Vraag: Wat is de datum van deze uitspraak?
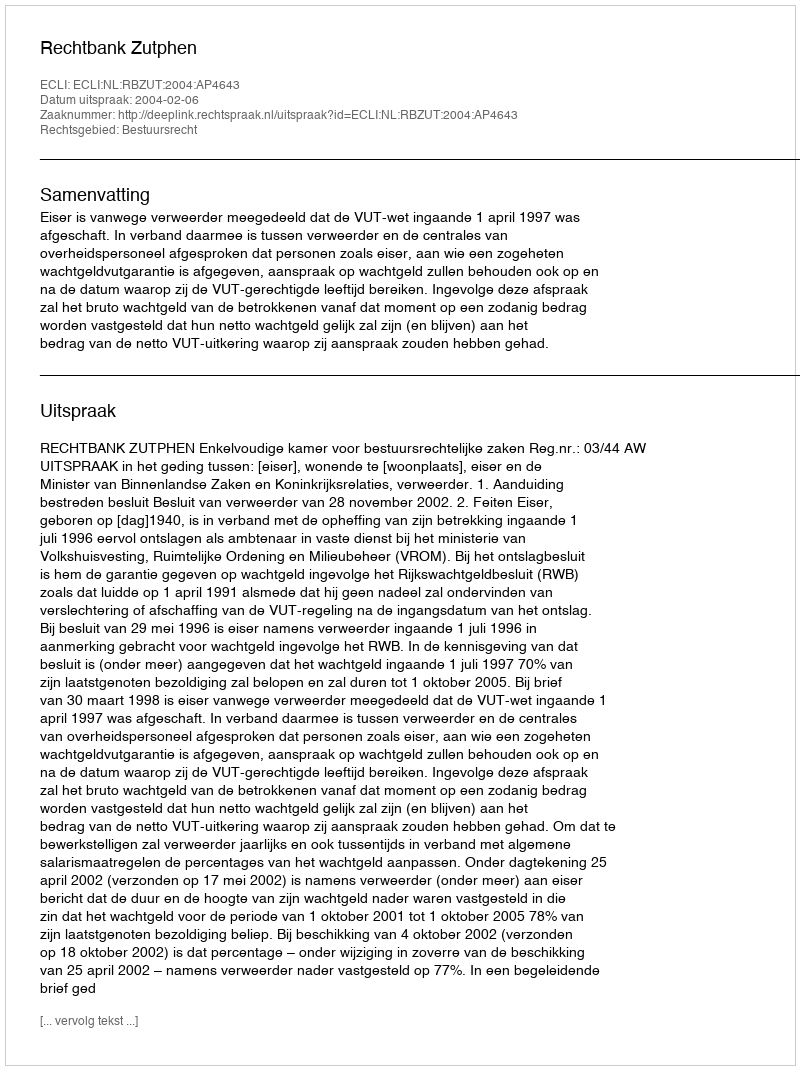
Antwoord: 2004-02-06